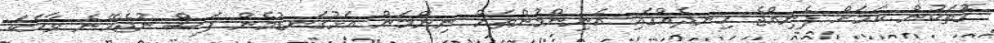
ގޮތަކުން ކަމަށް ފެނިއްޖެ ހިނދެއްގައި އެނިންމުންތައް ނިންމަން އަޅުގަނޑުމެން ފަސް ނުޖެހޭނެ ވާހަކަ